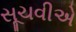
સૂચવીએ